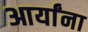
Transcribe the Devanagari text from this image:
आर्यांना